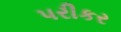
પરીકર